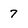
Character: 7